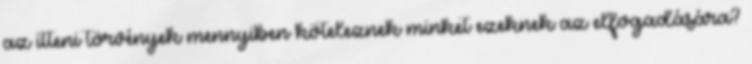
az itteni törvények mennyiben köteleznek minket ezeknek az elfogadására?